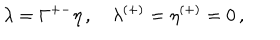
\lambda = \Gamma ^ { + - } \eta \, , \quad \lambda ^ { ( + ) } = \eta ^ { ( + ) } = 0 \, ,